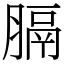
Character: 膈